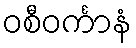
ဝစီဝင်္ကာနံ